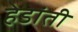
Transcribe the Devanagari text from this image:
हेडांती